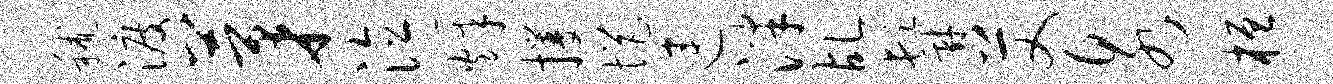
秫渡茅泣烽攫悒连泮乩髯艾泉桓